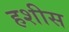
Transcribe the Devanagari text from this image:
हशीस